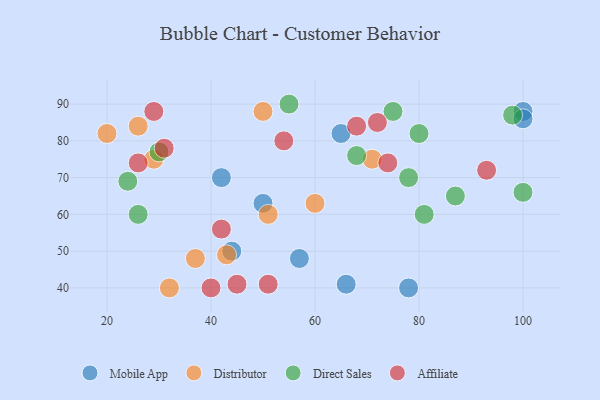
{"axis": {"x": "GDP", "y": "Life Expectancy"}, "legend": ["Affiliate", "Direct Sales", "Distributor", "Mobile App"], "data": [{"x": "42", "y": 70, "type": "Mobile App"}, {"x": "100", "y": 88, "type": "Mobile App"}, {"x": "57", "y": 48, "type": "Mobile App"}, {"x": "100", "y": 86, "type": "Mobile App"}, {"x": "65", "y": 82, "type": "Mobile App"}, {"x": "50", "y": 63, "type": "Mobile App"}, {"x": "66", "y": 41, "type": "Mobile App"}, {"x": "44", "y": 50, "type": "Mobile App"}, {"x": "78", "y": 40, "type": "Mobile App"}, {"x": "50", "y": 88, "type": "Distributor"}, {"x": "71", "y": 75, "type": "Distributor"}, {"x": "43", "y": 49, "type": "Distributor"}, {"x": "32", "y": 40, "type": "Distributor"}, {"x": "60", "y": 63, "type": "Distributor"}, {"x": "20", "y": 82, "type": "Distributor"}, {"x": "29", "y": 75, "type": "Distributor"}, {"x": "26", "y": 84, "type": "Distributor"}, {"x": "37", "y": 48, "type": "Distributor"}, {"x": "51", "y": 60, "type": "Distributor"}, {"x": "24", "y": 69, "type": "Direct Sales"}, {"x": "87", "y": 65, "type": "Direct Sales"}, {"x": "100", "y": 66, "type": "Direct Sales"}, {"x": "75", "y": 88, "type": "Direct Sales"}, {"x": "98", "y": 87, "type": "Direct Sales"}, {"x": "30", "y": 77, "type": "Direct Sales"}, {"x": "78", "y": 70, "type": "Direct Sales"}, {"x": "55", "y": 90, "type": "Direct Sales"}, {"x": "80", "y": 82, "type": "Direct Sales"}, {"x": "68", "y": 76, "type": "Direct Sales"}, {"x": "26", "y": 60, "type": "Direct Sales"}, {"x": "81", "y": 60, "type": "Direct Sales"}, {"x": "45", "y": 41, "type": "Affiliate"}, {"x": "68", "y": 84, "type": "Affiliate"}, {"x": "93", "y": 72, "type": "Affiliate"}, {"x": "74", "y": 74, "type": "Affiliate"}, {"x": "29", "y": 88, "type": "Affiliate"}, {"x": "31", "y": 78, "type": "Affiliate"}, {"x": "72", "y": 85, "type": "Affiliate"}, {"x": "40", "y": 40, "type": "Affiliate"}, {"x": "54", "y": 80, "type": "Affiliate"}, {"x": "51", "y": 41, "type": "Affiliate"}, {"x": "42", "y": 56, "type": "Affiliate"}, {"x": "26", "y": 74, "type": "Affiliate"}]}